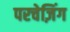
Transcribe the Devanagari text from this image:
परचेज़िंग